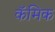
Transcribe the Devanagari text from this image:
कॅमिक